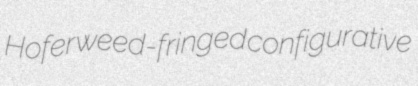
Hofer weed-fringed configurative